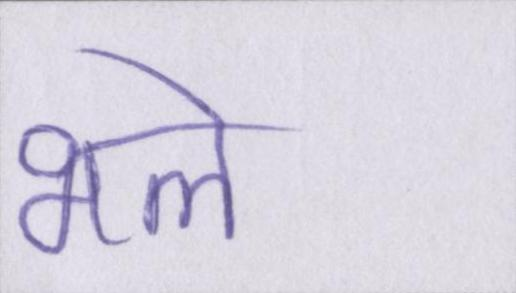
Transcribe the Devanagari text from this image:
भले